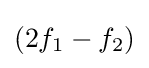
(2f_{1}-f_{2})